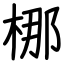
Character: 梛